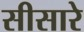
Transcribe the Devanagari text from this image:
सीसारे